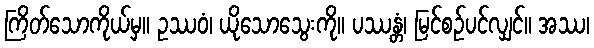
ကြိတ်သောကိုယ်မှ။ ဥဿဝံ၊ ယိုသောသွေးကို။ ပဿန္တံ၊ မြင်စဉ်ပင်လျှင်။ အဿ၊